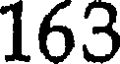
163